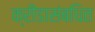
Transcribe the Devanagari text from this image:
क्रीडासंबधित